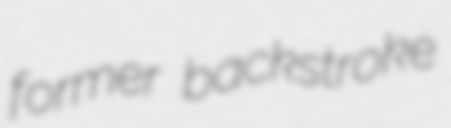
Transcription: former backstroke